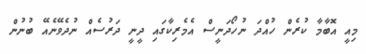
މިއީ އޮބާމާ ކުރެން ހުއްދަ ނުހޯދަނީސް އެމެރިކާގައި ދީނީ ދަރުސެއް ނުދެވޭނެއޭ ބުނުން